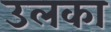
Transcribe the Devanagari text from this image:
उलका